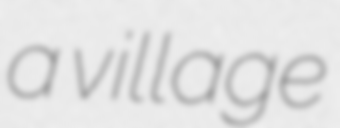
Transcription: a village